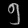
Digit: ၅